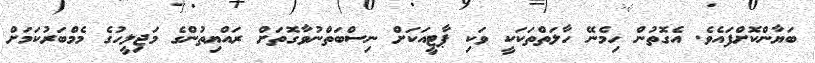
ބަޔާންކޮށްފައެވެ. އެގޮތުން ހިމެނޭ ހާލަތްތަކަކީ ވަކި ޕާޓީއަކަށް ނިސްބަތްނުވާގޮތަށް ރައްޔިތުންގެ މަޖިލީހުގެ މެމްބަރުކަމަށް